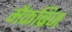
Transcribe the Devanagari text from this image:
मैकब्रिज